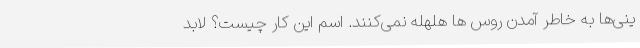
ینی‌ها به خاطر آمدن روس ها هلهله نمی‌کنند. اسم این کار چیست؟ لابد